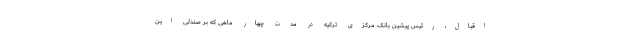
اقبال، رئیس پیشین بانک مرکزی ترکیه در مدت چهار ماهی که بر صندلی این